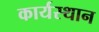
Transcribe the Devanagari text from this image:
कार्यस्‍थान